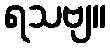
ရသဗျ။